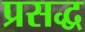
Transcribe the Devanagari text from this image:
प्रसद्ध